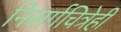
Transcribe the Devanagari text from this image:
निसर्गचित्रेही